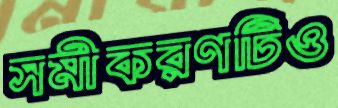
সমীকরণটিও